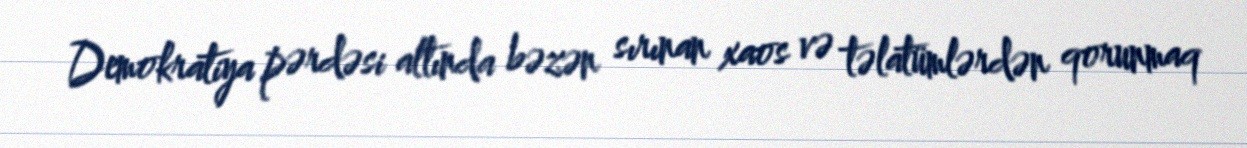
Demokratiya pərdəsi altında bəzən sırınan xaos və təlatümlərdən qorunmaq